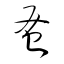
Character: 蚤